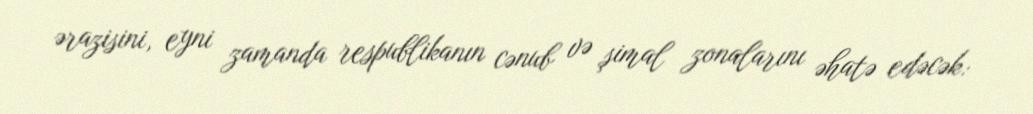
ərazisini, eyni zamanda respublikanın cənub və şimal zonalarını əhatə edəcək: